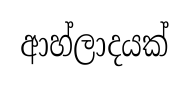
ආහ්ලාදයක්